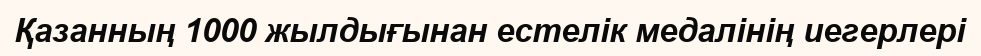
Қазанның 1000 жылдығынан естелік медалінің иегерлері